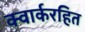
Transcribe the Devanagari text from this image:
क्वार्करहित